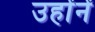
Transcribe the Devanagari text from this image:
उहोंनें